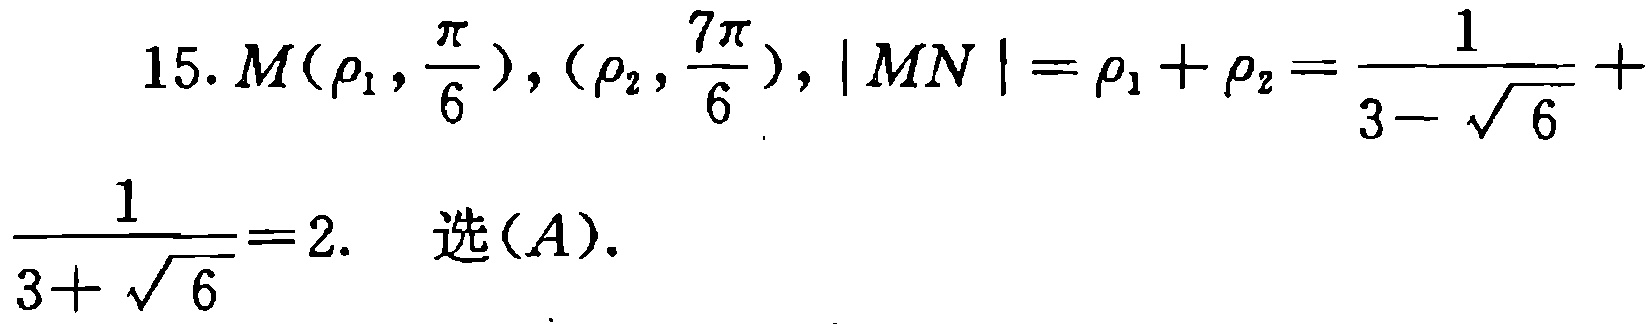
15. \(M(\rho_1,\frac{\pi}{6}),(\rho_2,\frac{7\pi}{6}),|MN|=\rho_1 + \rho_2=\frac{1}{3 - \sqrt{6}}+\frac{1}{3 + \sqrt{6}} = 2.\) 选\((A)\).